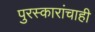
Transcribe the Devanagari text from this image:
पुरस्कारांचाही